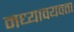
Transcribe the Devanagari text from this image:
मध्यावयवता